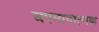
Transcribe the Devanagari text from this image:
अपमानात्मक